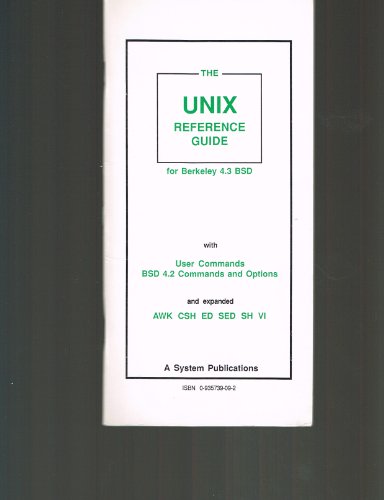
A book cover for Unix Reference Guide for Berkeley Bsd 4.3 With User Commands and Bsd 4.2 Commands; Anatole Olczak; Computers & Technology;